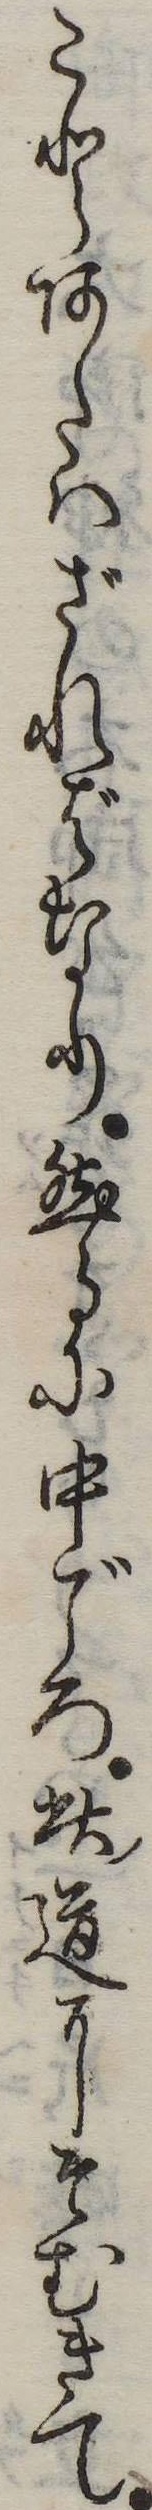
ことあたはざればなり然るに中ごろ此道にそむきて